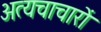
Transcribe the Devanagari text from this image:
अत्यचाचारों